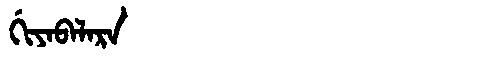
Manchu: ᡤᡳᠶᠠᠪᠠᠯᠠᡵᠠ
Romanization: GIYABALARA